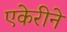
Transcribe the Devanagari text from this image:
एकेरीने